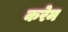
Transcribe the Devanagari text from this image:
करेम